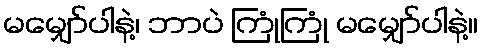
မမျှော်ပါနဲ့၊ ဘာပဲ ကြုံကြုံ မမျှော်ပါနဲ့။